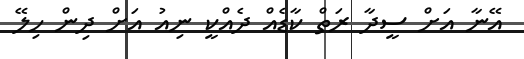
އޭނާ އަށް ސީދާ ރަތް ކާޑެއް ދެއްކީ ނިއު އަށް ދިން ހިލޭ